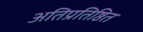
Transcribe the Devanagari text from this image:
अतिप्रतिष्ठित